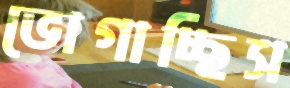
ভোগাচ্ছিস